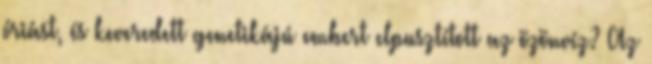
óriást, és keveredett genetikájú embert elpusztított az özönvíz? Az